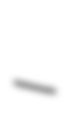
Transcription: –